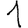
Digit: 1